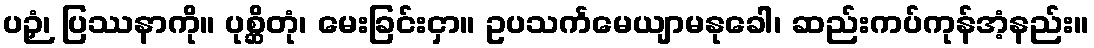
ပဉှံ၊ ပြဿနာကို။ ပုစ္ဆိတုံ၊ မေးခြင်းငှာ။ ဥပသင်္ကမေယျာမနုခေါ၊ ဆည်းကပ်ကုန်အံ့နည်း။